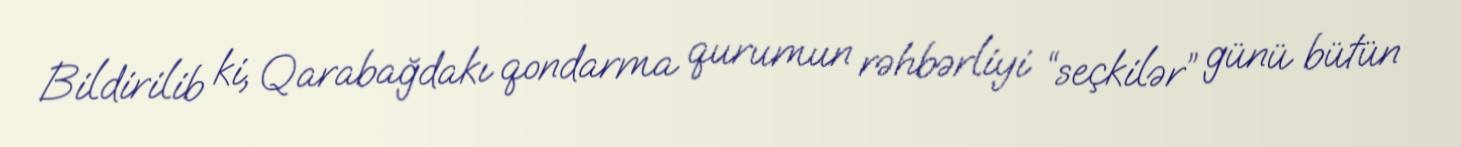
Bildirilib ki, Qarabağdakı qondarma qurumun rəhbərliyi “seçkilər” günü bütün